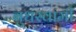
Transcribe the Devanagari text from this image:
बुधस्वामी